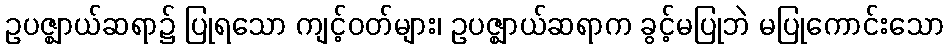
ဥပဇ္ဈာယ်ဆရာ၌ ပြုရသော ကျင့်ဝတ်များ၊ ဥပဇ္ဈာယ်ဆရာက ခွင့်မပြုဘဲ မပြုကောင်းသော